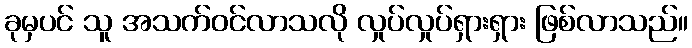
ခုမှပင် သူ အသက်ဝင်လာသလို လှုပ်လှုပ်ရှားရှား ဖြစ်လာသည်။